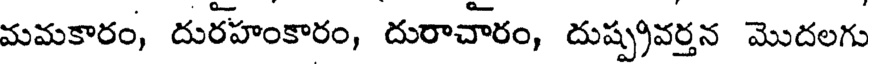
మమకారం, దురహంకారం, దురాచారం, దుష్ప్రవర్తన మొదలగు